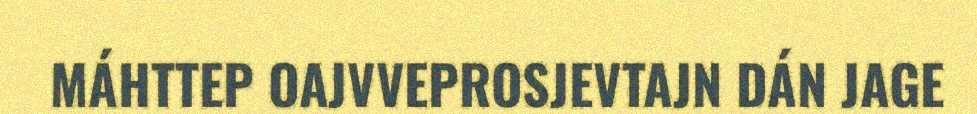
MÁHTTEP OAJVVEPROSJEVTAJN DÁN JAGE